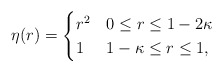
\begin{align*} \eta (r) = \begin{cases} r^2 & 0 \leq r \leq 1- 2\kappa \\ 1 & 1 -\kappa \leq r \leq 1,\end{cases}\end{align*}